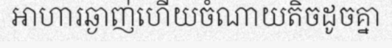
អាហារឆ្ងាញ់ហើយចំណាយតិចដូចគ្នា